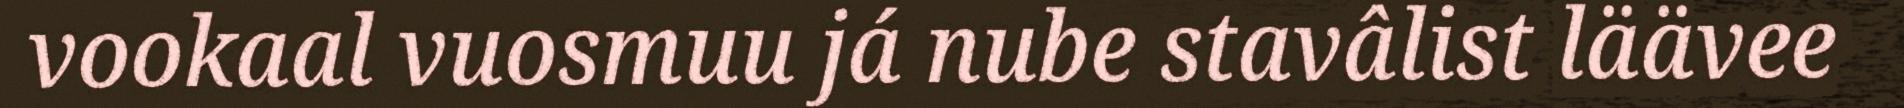
vookaal vuosmuu já nube stavâlist läävee